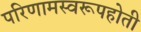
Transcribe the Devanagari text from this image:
परिणामस्वरूपहोती